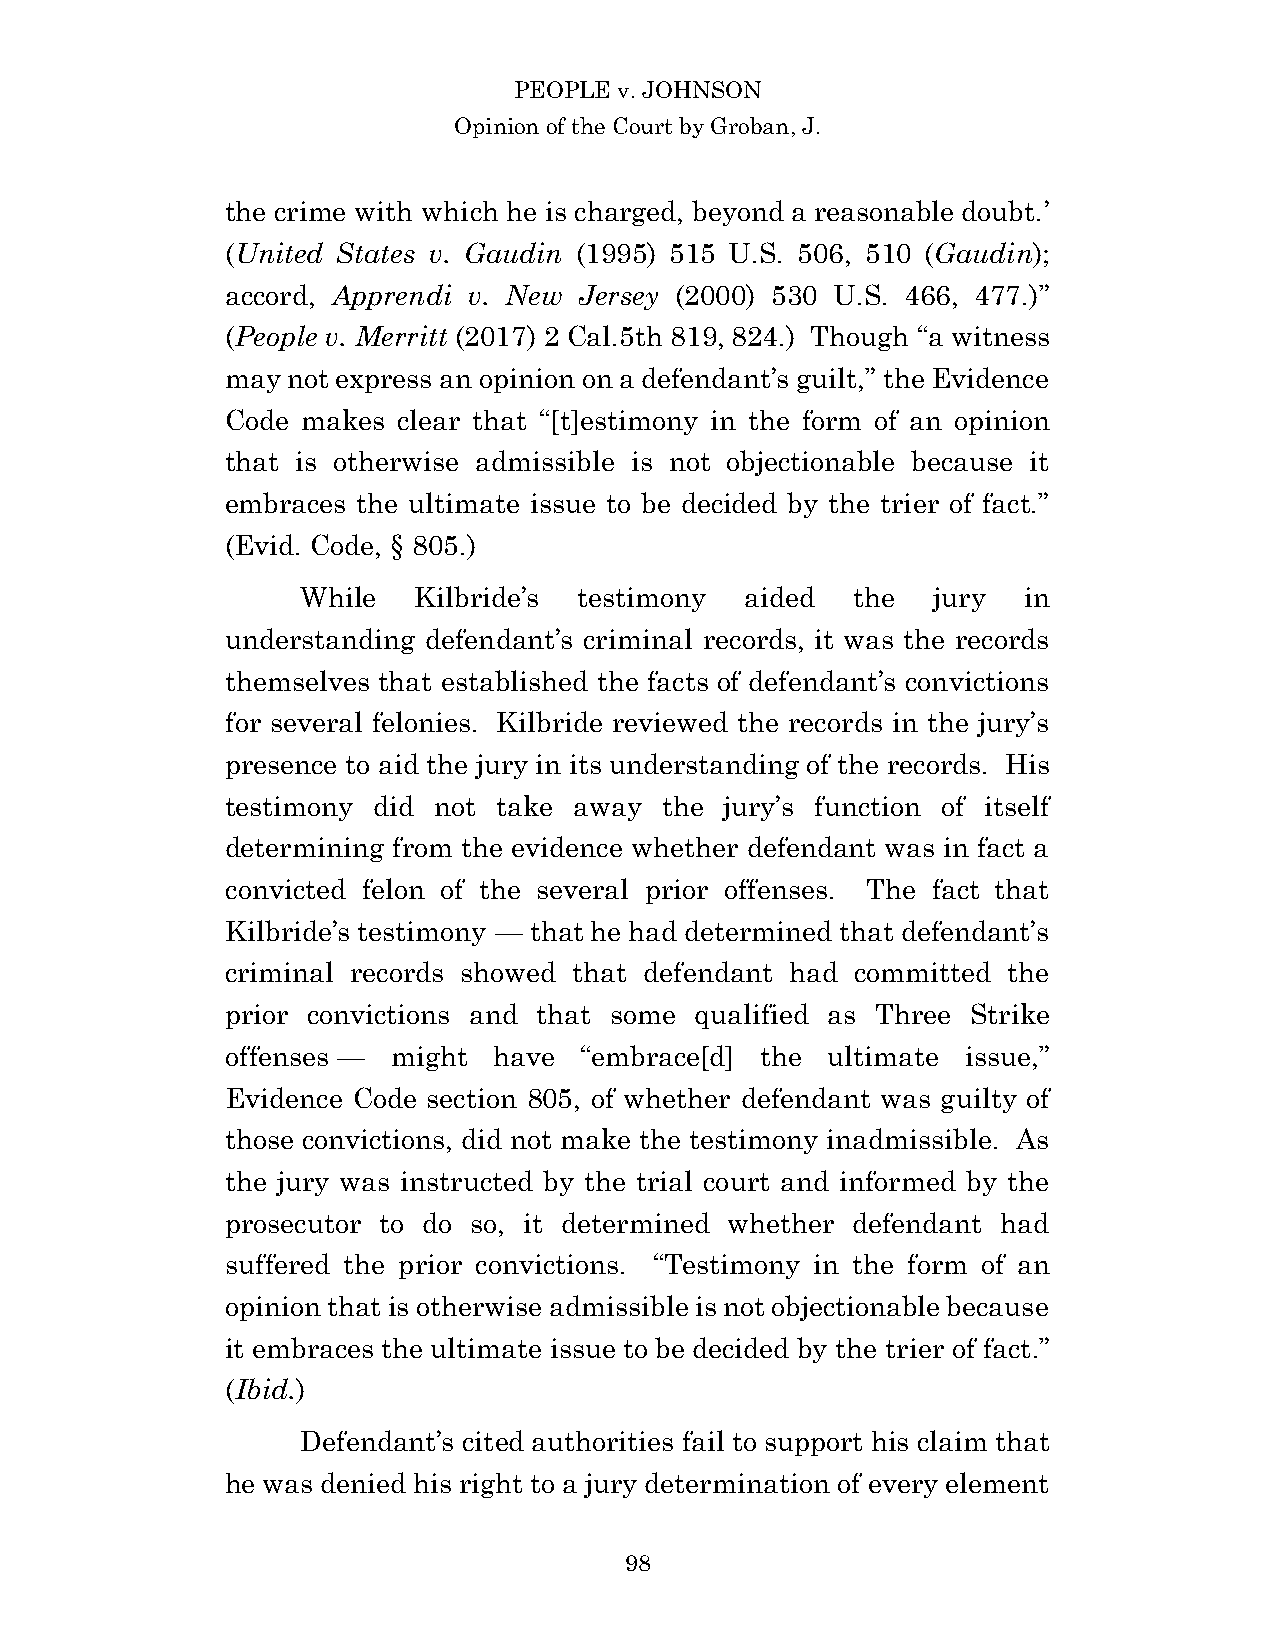
PEOPLE v. JOHNSON
 Opinion of the Court by Groban, J.
 the crime with which he is charged, beyond a reasonable doubt.’
 (United States v. Gaudin (1995) 515 U.S. 506, 510 (Gaudin);
 accord, Apprendi v. New Jersey (2000) 530 U.S. 466, 477.)”
 (People v. Merritt (2017) 2 Cal.5th 819, 824.) Though “a witness
 may not express an opinion on a defendant’s guilt,” the Evidence
 Code makes clear that “[t]estimony in the form of an opinion
 that is otherwise admissible is not objectionable because it
 embraces the ultimate issue to be decided by the trier of fact.”
 (Evid. Code, § 805.)
 While  Kilbride’s testimony  aided  the   jury  in
 understanding defendant’s criminal records, it was the records
 themselves that established the facts of defendant’s convictions
 for several felonies. Kilbride reviewed the records in the jury’s
 presence to aid the jury in its understanding of the records. His
 testimony did not take away  the jury’s function of itself
 determining from the evidence whether defendant was in fact a
 convicted felon of the several prior offenses. The fact that
 Kilbride’s testimony — that he had determined that defendant’s
 criminal records showed that defendant had committed the
 prior convictions and that some qualified as Three Strike
 offenses — might  have “embrace[d] the  ultimate issue,”
 Evidence Code section 805, of whether defendant was guilty of
 those convictions, did not make the testimony inadmissible. As
 the jury was instructed by the trial court and informed by the
 prosecutor to do so, it determined whether defendant had
 suffered the prior convictions. “Testimony in the form of an
 opinion that is otherwise admissible is not objectionable because
 it embraces the ultimate issue to be decided by the trier of fact.”
 (Ibid.)
 Defendant’s cited authorities fail to support his claim that
 he was denied his right to a jury determination of every element
 9 8